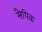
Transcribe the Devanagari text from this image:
सैपिक